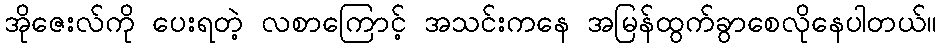
အိုဇေးလ်ကို ပေးရတဲ့ လစာကြောင့် အသင်းကနေ အမြန်ထွက်ခွာစေလိုနေပါတယ်။